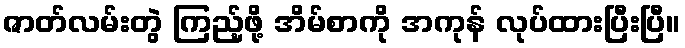
ဇာတ်လမ်းတွဲ ကြည့်ဖို့ အိမ်စာကို အကုန် လုပ်ထားပြီးပြီ။